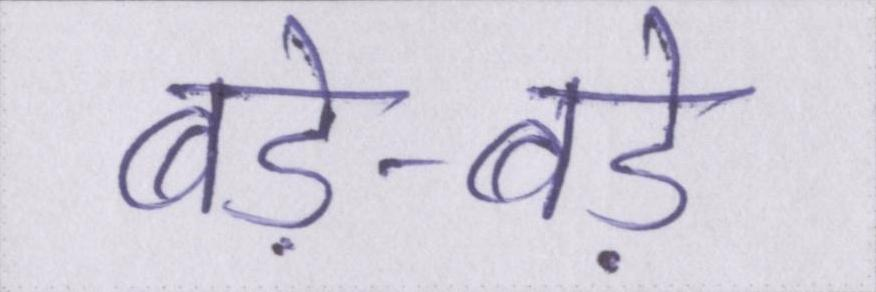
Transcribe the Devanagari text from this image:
बड़े-बड़े